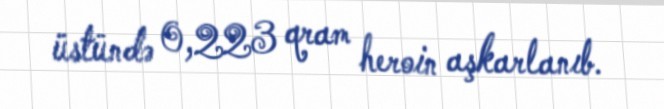
üstündə 0,223 qram heroin aşkarlanıb.